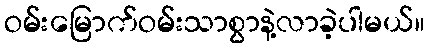
ဝမ်းမြောက်ဝမ်းသာစွာနဲ့လာခဲ့ပါမယ်။